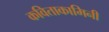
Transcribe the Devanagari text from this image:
कविताकामिनी